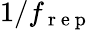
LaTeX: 1/f_{\mathrm{~r~e~p~}}